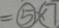
= \textcircled { 5 } \times \textcircled { 7 }